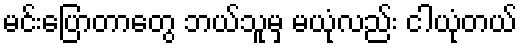
မင်းပြောတာတွေ ဘယ်သူမှ မယုံလည်း ငါယုံတယ်